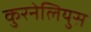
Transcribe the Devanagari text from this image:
कुरनेलियुस